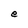
Character: e